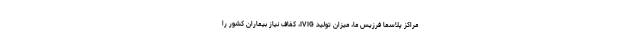
مراکز پلاسما فرزیس ما، میزان تولید IVIG، کفاف نیاز بیماران کشور را